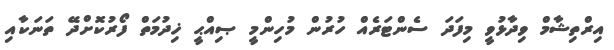
އިރްތިޝާމް ވިދާޅުވީ މިފަދަ ސެންޓަރެއް ހުރުން މުހިންމީ ޞިއްޙީ ޚިދުމަތް ފޯރުކޮށްދޭ ތަނަކާއި